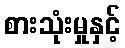
စားသုံးမှုနှင့်